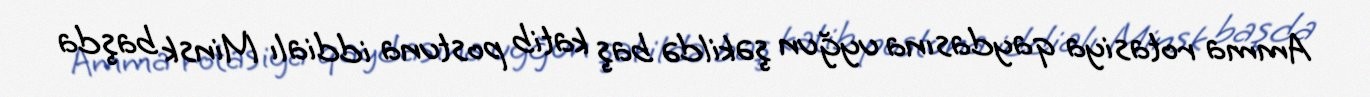
Amma rotasiya qaydasına uyğun şəkildə baş katib postuna iddialı Minsk başda